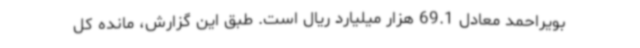
بویراحمد معادل 69.1 هزار میلیارد ریال است. طبق این گزارش، مانده کل